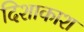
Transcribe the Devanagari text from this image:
दिशाकाश